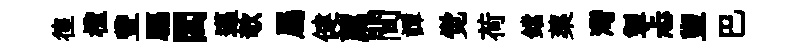
徨檉豐驅閻邁欹屬健薦間譚觉荷鐺蕖灣掣忐盥巴